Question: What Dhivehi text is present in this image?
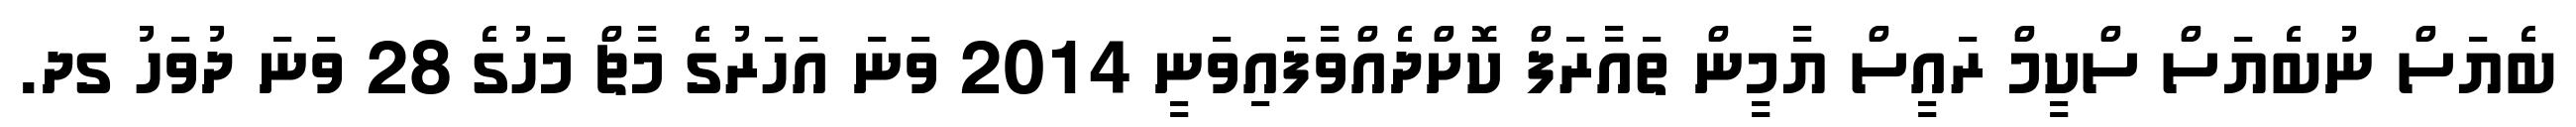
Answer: ބެޔަސް ނުބެޔަސް ސްކީމް ރައީސް ޔާމީން ތައާރަފް ކޮށްދެއްވާފައިވަނީ 2014 ވަނަ އަހަރުގެ މާޗް މަހުގެ 28 ވަނަ ދުވަހު ގދ.